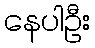
နေပါဦး